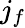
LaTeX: j_{f}